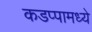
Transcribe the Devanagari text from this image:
कडप्पामध्ये